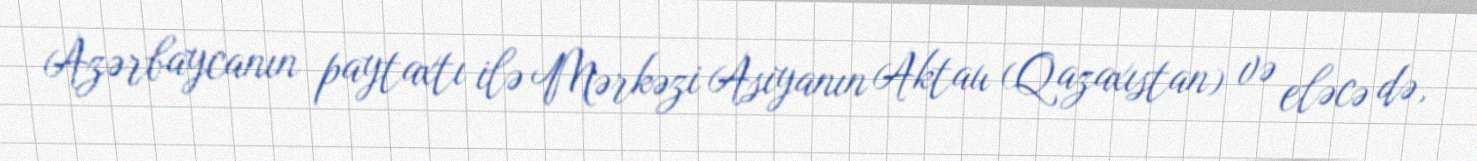
Azərbaycanın paytaxtı ilə Mərkəzi Asiyanın Aktau (Qazaxıstan) və eləcə də,